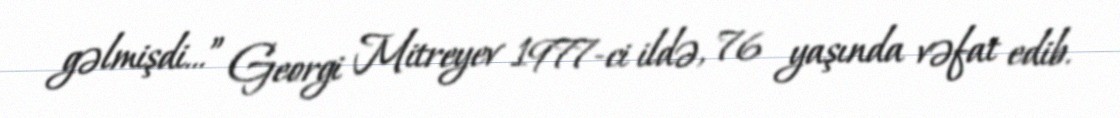
gəlmişdi...” Georgi Mitreyev 1977-ci ildə, 76 yaşında vəfat edib.